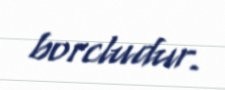
borcludur.